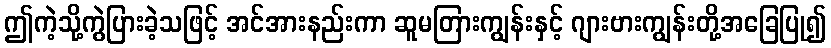
ဤကဲ့သို့ကွဲပြားခဲ့သဖြင့် အင်အားနည်းကာ ဆူမတြားကျွန်းနှင့် ဂျားဗားကျွန်းတို့အခြေပြု၍